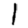
Digit: 1